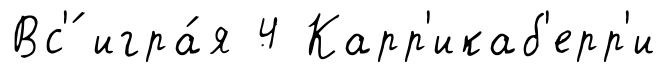
Вс'́ игра́я 4 Карр'икаб'ерр'и